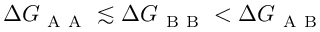
\Delta G _ { \mathrm { ~ A ~ A ~ } } \lesssim \Delta G _ { \mathrm { ~ B ~ B ~ } } < \Delta G _ { \mathrm { ~ A ~ B ~ } }